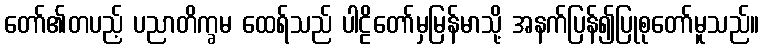
တော်၏တပည့် ပညာတိက္ခမ ထေရ်သည် ပါဠိတော်မှမြန်မာသို့ အနက်ပြန်၍ပြုစုတော်မူသည်။